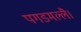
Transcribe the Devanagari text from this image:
पगडमल्लै।